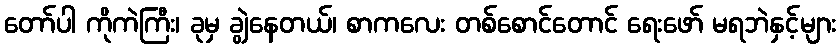
တော်ပါ ကိုကဲကြီး၊ ခုမှ ချွဲနေတယ်၊ စာကလေး တစ်စောင်တောင် ရေးဖော် မရဘဲနှင့်များ